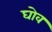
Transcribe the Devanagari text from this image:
घोव